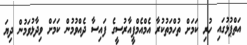
އަތްޕުޅުގައި ހުރި ކަމަށް ތުހްމަތުކުރާ އެމްއެމްޕީއާރުސީގެ ފައިސާ ދެއްވުމުން ކަމަށް ވިދާޅުވަމުން ދިޔަ